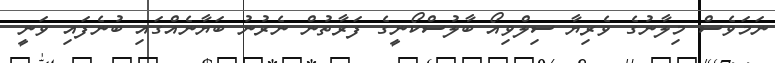
ނަމަވެސް މިލާނުގެ ވެރިޔާ ސިލްވިއޯ ބާލުސްކޯނީގެ ފަރާތުން ނެރުނު ބަޔާނެއްގައި ބުނެފައި ވަނީ